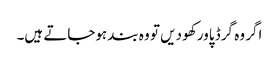
اگر وہ گرڈ پاور کھو دیں تو وہ بند ہوجاتے ہیں۔